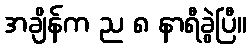
အချိန်က ည ၈ နာရီခွဲပြီ။